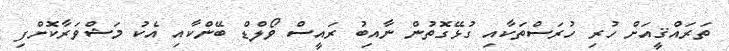
ތަރައްޤީއަށް ހުރި ހުރަސްތަކާއި ގުޅޭގޮތުން ނާއިބު ރައީސް ވޯލްޑް ބޭންކާއި އެކު މަޝްވަރާކޮށްފި